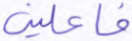
فاعلين